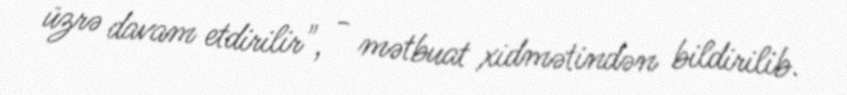
üzrə davam etdirilir", - mətbuat xidmətindən bildirilib.